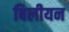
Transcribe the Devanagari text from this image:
बिलीयन